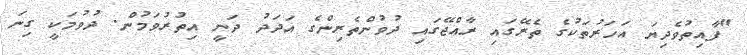
"ފާއިތުވެދިޔަ އަހަރުތަކުގެ ތެރޭގައި ރާއްޖޭގައި ދުވުންތެރިންގެ އަދަދު ދަނީ އިތުރުވަމުން. ދުވުމަކީ ގިނަ